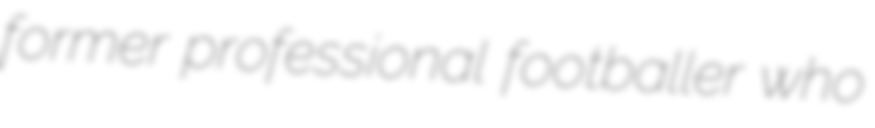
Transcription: former professional footballer who